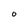
Character: O